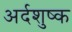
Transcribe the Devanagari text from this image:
अर्दशुष्क